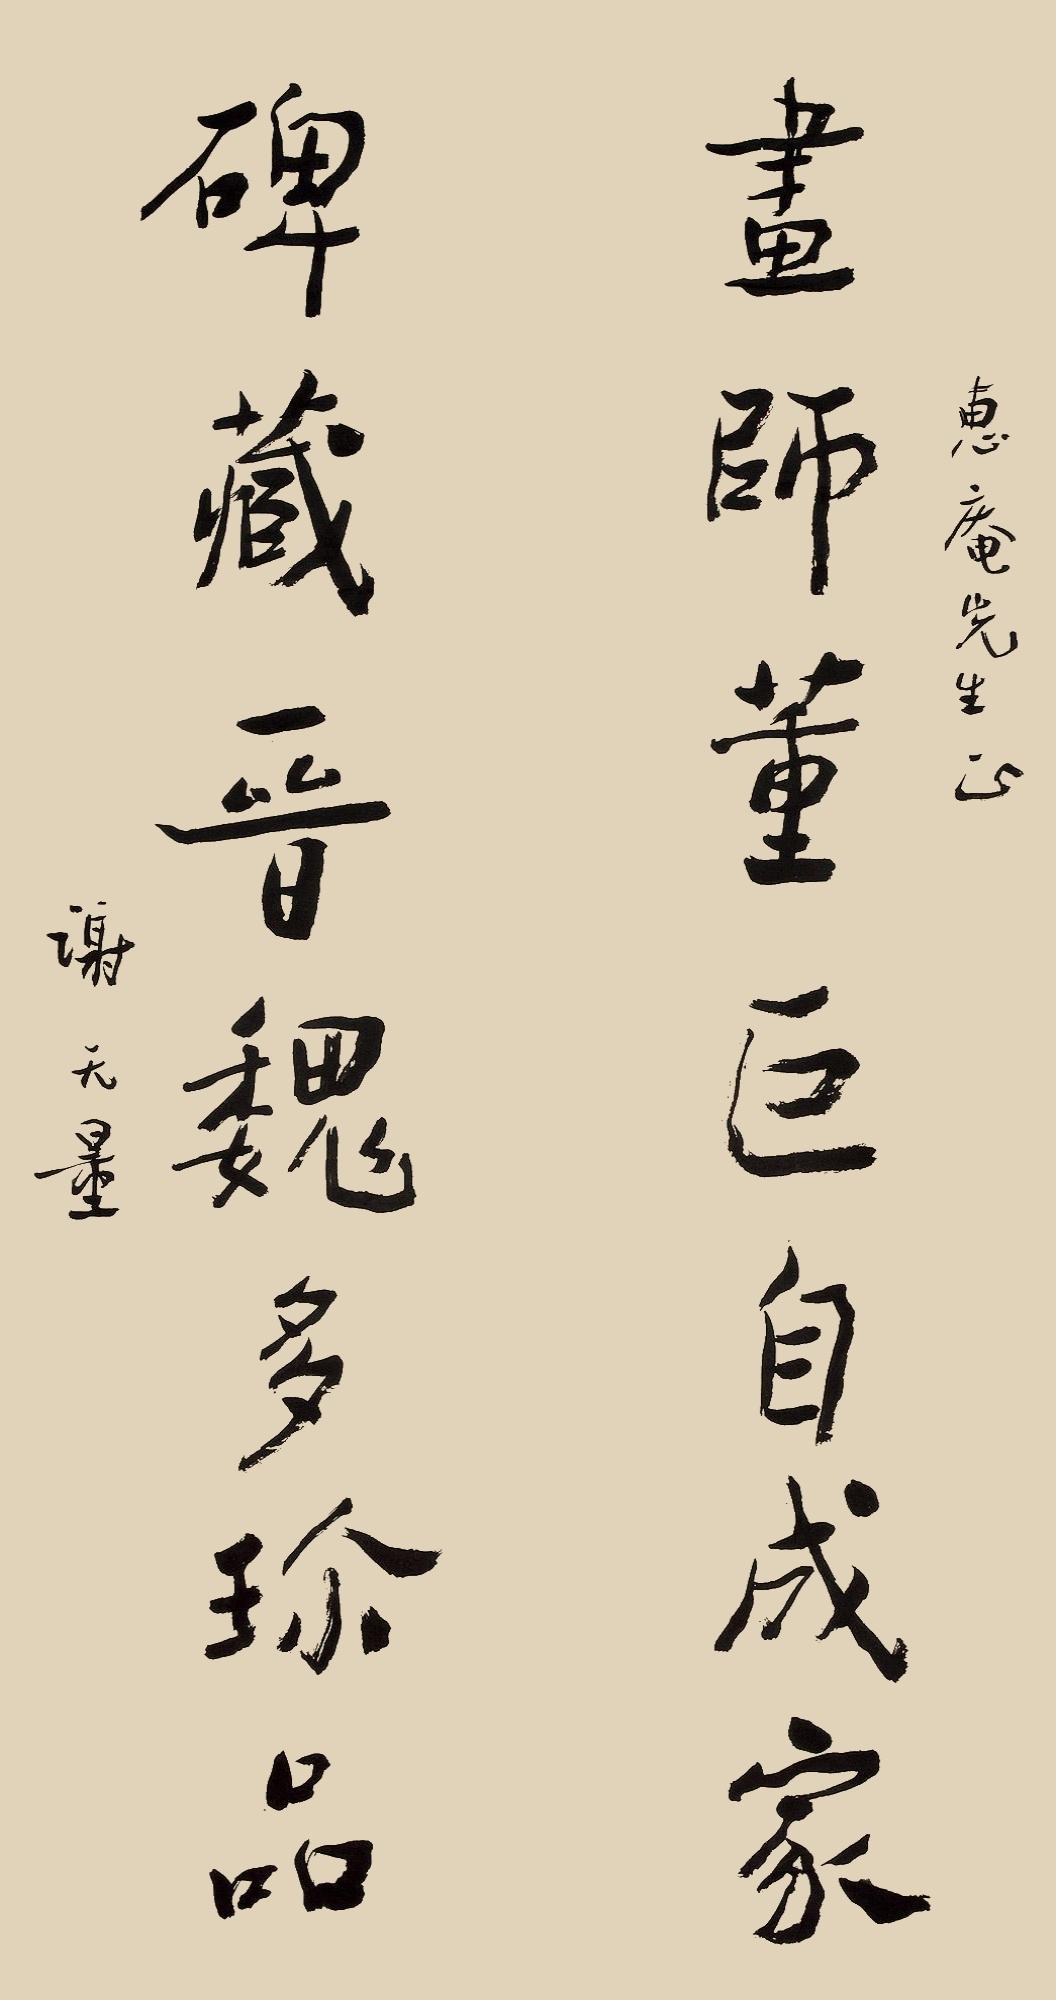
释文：画师董巨自成家，碑藏晋魏多珍品。惠庵先生正，谢无量。